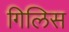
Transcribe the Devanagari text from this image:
गिलिस